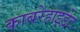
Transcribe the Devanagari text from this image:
काबरेहाइड्रेट